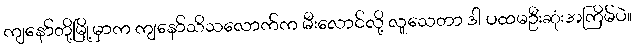
ကျနော်တို့မြို့မှာက ကျနော်သိသလောက်က မီးလောင်လို့ လူသေတာ ဒါ ပထမဦးဆုံးအကြိမ်ပဲ။